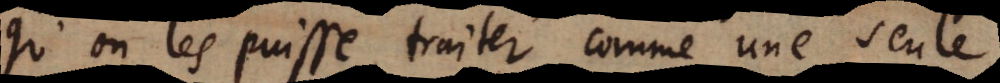
qu’on les puisse traiter comme une seule